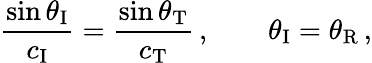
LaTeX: \frac{\sin\theta_{\textup{I}}}{c_{\textup{I}}}=\frac{\sin\theta_{\textup{T}}}{c_{\textup{T}}}\, ,\qquad\theta_{\textup{I}}=\theta_{\textup{R}}\, ,